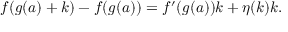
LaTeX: f ( g ( a ) + k ) - f ( g ( a ) ) = f ^ { \prime } ( g ( a ) ) k + \eta ( k ) k .